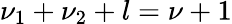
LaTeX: \nu_{1}+\nu_{2}+l=\nu+1